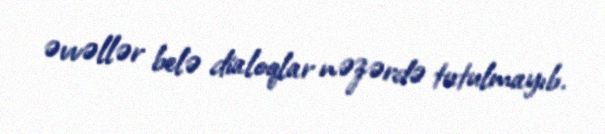
əvvəllər belə dialoqlar nəzərdə tutulmayıb.